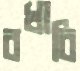
বখাবি